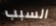
السبب